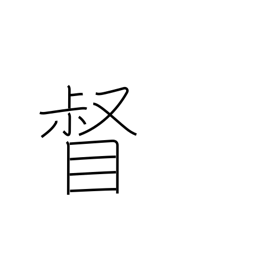
Meaning: supervise